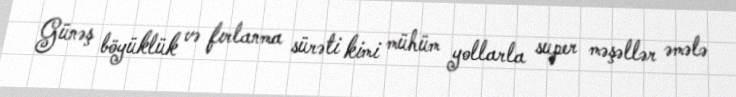
Günəş böyüklük və fırlanma sürəti kimi mühüm yollarla super məşəllər əmələ